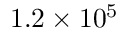
1 . 2 \times 1 0 ^ { 5 }